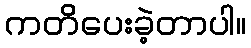
ကတိပေးခဲ့တာပါ။